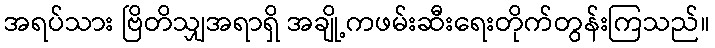
အရပ်သား ဗြိတိသျှအရာရှိ အချို့ကဖမ်းဆီးရေးတိုက်တွန်းကြသည်။